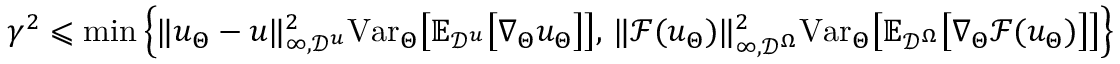
\gamma ^ { 2 } \leqslant \mathrm { m i n } \left\{ \| u _ { \Theta } - u \| _ { \infty , \mathcal { D } ^ { u } } ^ { 2 } \mathrm { V a r } _ { \Theta } \big [ \mathbb { E } _ { \mathcal { D } ^ { u } } \big [ \nabla _ { \Theta } u _ { \Theta } \big ] \big ] , \, \| \mathcal { F } ( u _ { \Theta } ) \| _ { \infty , \mathcal { D } ^ { \Omega } } ^ { 2 } \mathrm { V a r } _ { \Theta } \big [ \mathbb { E } _ { \mathcal { D } ^ { \Omega } } \big [ \nabla _ { \Theta } \mathcal { F } ( u _ { \Theta } ) \big ] \big ] \right\}